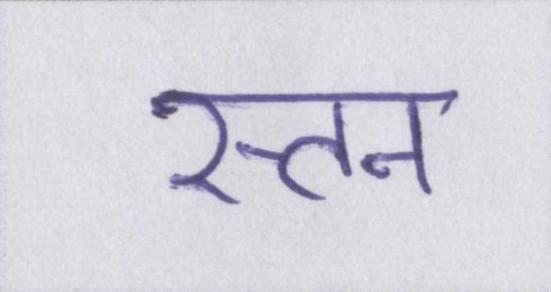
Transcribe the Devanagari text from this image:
स्तन